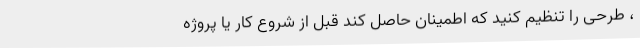
، طرحی را تنظیم کنید که اطمینان حاصل کند قبل از شروع کار یا پروژه